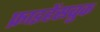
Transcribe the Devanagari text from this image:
फ्राइहेंसब्रुक